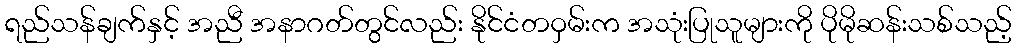
ရည်သန်ချက်နှင့် အညီ အနာဂတ်တွင်လည်း နိုင်ငံတဝှမ်းက အသုံးပြုသူများကို ပိုမိုဆန်းသစ်သည့်